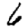
Digit: 6